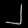
Digit: ၂